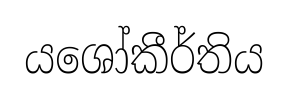
යශෝකීර්තිය